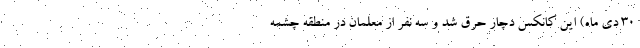
۳۰ دی ماه) این کانکس دچار حرق شد و سه نفر از معلمان در منطقه چشمه